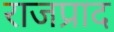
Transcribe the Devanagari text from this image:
राजप्राद